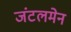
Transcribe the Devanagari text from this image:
जंटलमेन